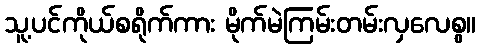
သူ့ပင်ကိုယ်စရိုက်ကား မိုက်မဲကြမ်းတမ်းလှလေစွ။